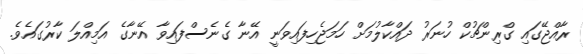
ރާއްޖޭގައި ގްރިންޗުކް ހުނަރު ދައްކާލުމަށް ހަމަޖެހިފައިވަނީ އޭނާ ގެނެސްފައިވާ އޭނާގެ އަމިއްލަ ކާރުގައެވެ.